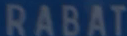
RABAT